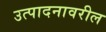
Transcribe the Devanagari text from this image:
उत्पादनावरील